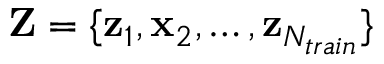
\mathbf Z = \{ \mathbf z _ { 1 } , \mathbf x _ { 2 } , \dots , \mathbf z _ { N _ { t r a i n } } \}